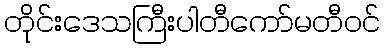
တိုင်းဒေသကြီးပါတီကော်မတီဝင်